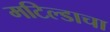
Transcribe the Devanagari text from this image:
मटिल्डाचा